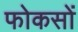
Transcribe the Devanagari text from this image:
फोकसों